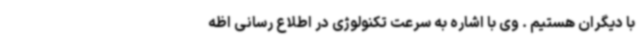
با دیگران هستیم . وی با اشاره به سرعت تکنولوژی در اطلاع رسانی اظه